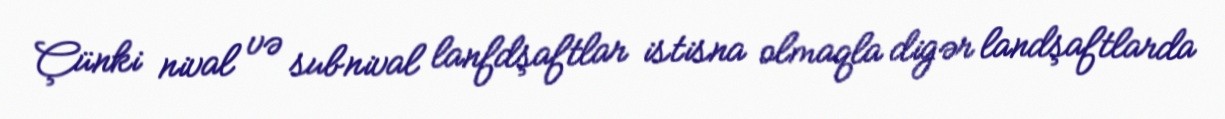
Çünki nival və subnival lanfdşaftlar istisna olmaqla digər landşaftlarda